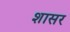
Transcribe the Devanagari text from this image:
शासर